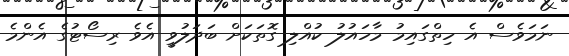
ނަމަވެސް އެ ހިތްގައިމު މާހައުލު ކުއްލި ގޮތަކަށް ބަދަލުވީ އެވެ ރިސޯޓުގެ އެންމެ